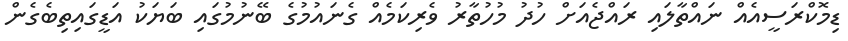
ޑިމޮކްރަސީއެއް ނައްތާލައި ރައްޖެއަށް ހުދު މުހުތާރު ވެރިކަމެއް ގެނައުމުގެ ބޭނުމުގައި ބަޔަކު އަޑީގައިތިބެގެން